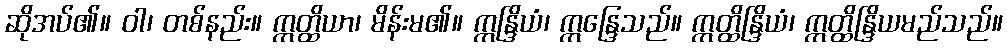
ဆိုအပ်၏။ ဝါ၊ တစ်နည်း။ ဣတ္ထိယာ၊ မိန်းမ၏။ ဣန္ဒြိယံ၊ ဣန္ဒြေသည်။ ဣတ္ထိန္ဒြိယံ၊ ဣတ္ထိန္ဒြိယမည်သည်။